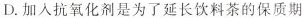
D.加入抗氧化剂是为了延长饮料茶的保质期